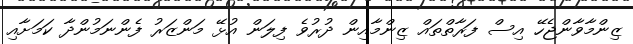
ޒިންމާވާންޖެހޭ އިސް ފަރާތްތައް ޒިންމާއިން ދުރުވެ ފިލަން އުޅޭ މަންޒަރު ފެންނަމުންދާ ކަމަށާއި